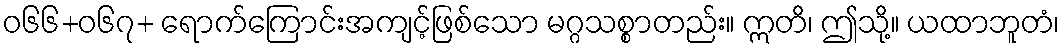
ဝ၆၆+၀၆၇+ ရောက်ကြောင်းအကျင့်ဖြစ်သော မဂ္ဂသစ္စာတည်း။ ဣတိ၊ ဤသို့။ ယထာဘူတံ၊